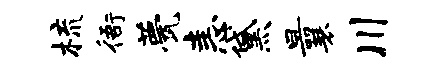
梳衙甍恚黛曩川